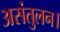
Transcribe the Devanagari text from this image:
असंतुलन।